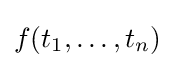
f(t_{1},\dots ,t_{n})